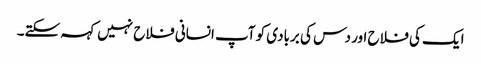
ایک کی فلاح اور دس کی بربادی کو آپ انسانی فلاح نہیں کہہ سکتے۔